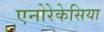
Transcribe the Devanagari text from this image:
एनोरेकेसिया